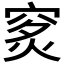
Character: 𥥿